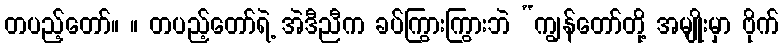
တပည့်တော်။ ။ တပည့်တော်ရဲ့ အဲဒီညီက ခပ်ကြွားကြွားဘဲ “ကျွန်တော်တို့ အမျိုးမှာ ဗိုက်